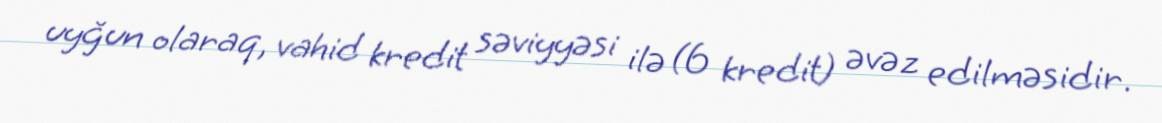
uyğun olaraq, vahid kredit səviyyəsi ilə (6 kredit) əvəz edilməsidir.